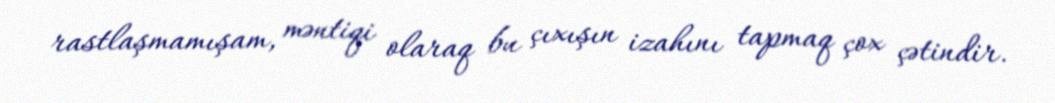
rastlaşmamışam, məntiqi olaraq bu çıxışın izahını tapmaq çox çətindir.